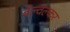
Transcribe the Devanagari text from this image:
बेल्वल्कर